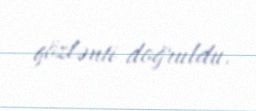
gözlənti doğruldu.